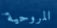
المروحية